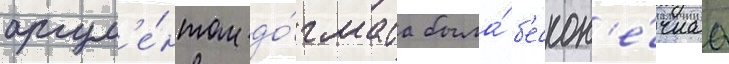
аргум'е́нтом до́гмата была́ б'ескон'е́чнаа